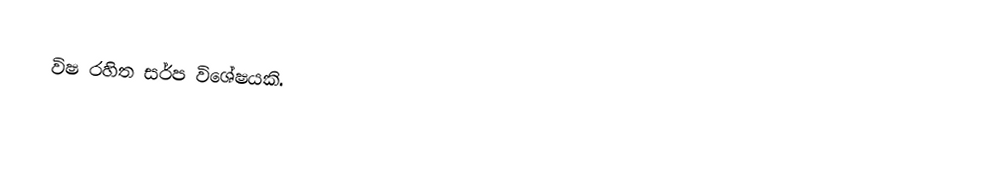
විෂ රහිත සර්ප විශේෂයකි.